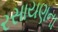
રસાયણના